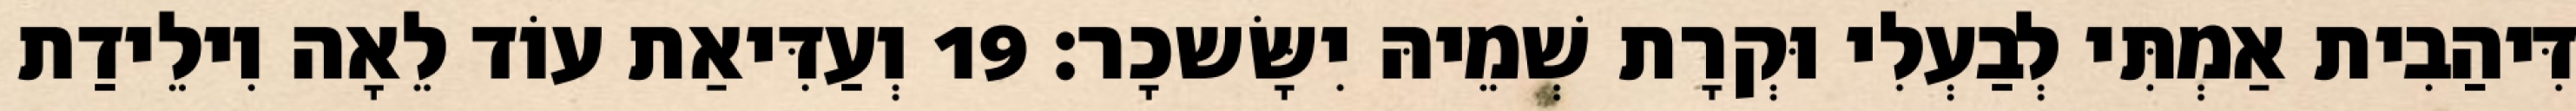
דִּיהַבִית אַמְתִּי לְבַעְלִי וּקְרָת שְׁמֵיהּ יִשָּׂשכָר׃ 19 וְעַדִּיאַת עוֹד לֵאָה וִילֵידַת